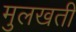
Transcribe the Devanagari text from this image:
मुलखती